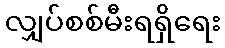
လျှပ်စစ်မီးရရှိရေး